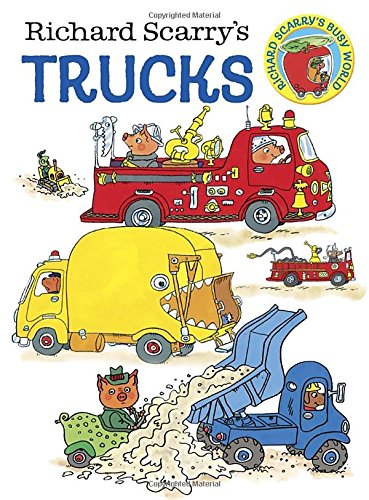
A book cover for Richard Scarry's Trucks; Richard Scarry; Children's Books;